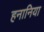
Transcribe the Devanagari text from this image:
हनानिया